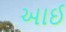
આઈ